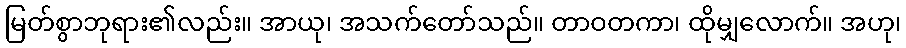
မြတ်စွာဘုရား၏လည်း။ အာယု၊ အသက်တော်သည်။ တာဝတကာ၊ ထိုမျှလောက်။ အဟု၊